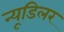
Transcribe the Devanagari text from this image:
न्यूडिलर